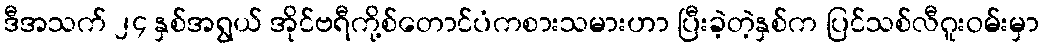
ဒီအသက် ၂၄ နှစ်အရွယ် အိုင်ဗရီကို့စ်တောင်ပံကစားသမားဟာ ပြီးခဲ့တဲ့နှစ်က ပြင်သစ်လီဂူးဝမ်းမှာ